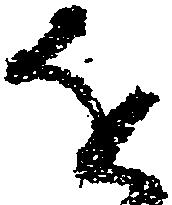
を